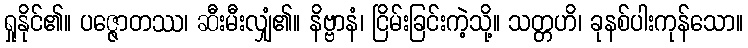
ရှုနိုင်၏။ ပဇ္ဇောတဿ၊ ဆီးမီးလျှံ၏။ နိဗ္ဗာနံ၊ ငြိမ်းခြင်းကဲ့သို့။ သတ္တဟိ၊ ခုနစ်ပါးကုန်သော။